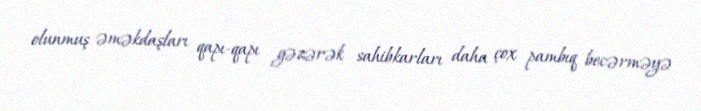
olunmuş əməkdaşları qapı-qapı gəzərək sahibkarları daha çox pambıq becərməyə